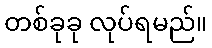
တစ်ခုခု လုပ်ရမည်။